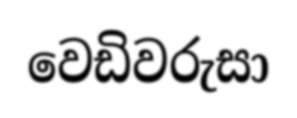
වෙඩිවරුසා